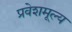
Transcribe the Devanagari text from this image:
प्रवेशमूल्य